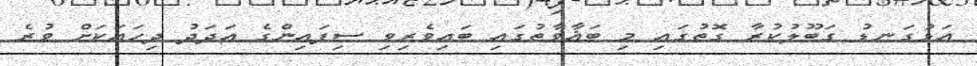
އަޅުގަނޑު ގަބޫލުކުރާ ގޮތުގައި މި ބަޣާވާތުގައި ބައިވެރިވި ސިފައިންގެ އަދަދު ދިހައަކަށް ވުރެ